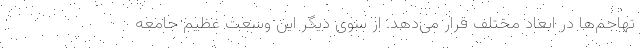
تهاجم‌ها در ابعاد مختلف قرار می‌دهد. از سوی دیگر این وسعت عظیم جامعه